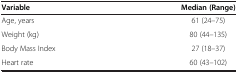
<table><thead><tr><td><b>Variable</b></td><td><b>Median(Range)</b></td></tr></thead><tbody><tr><td>Age, years</td><td>61 (24–75)</td></tr><tr><td>Weight (kg)</td><td>80 (44–135)</td></tr><tr><td>Body Mass Index</td><td>27 (18–37)</td></tr><tr><td>Heart rate</td><td>60 (43–102)</td></tr></tbody></table>